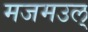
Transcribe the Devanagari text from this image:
मजमउल्